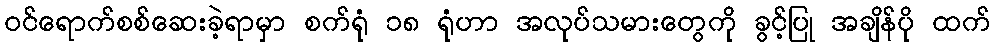
ဝင်ရောက်စစ်ဆေးခဲ့ရာမှာ စက်ရုံ ၁၈ ရုံဟာ အလုပ်သမားတွေကို ခွင့်ပြု အချိန်ပို ထက်